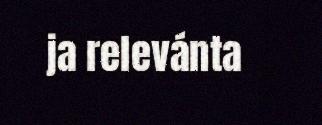
ja relevánta